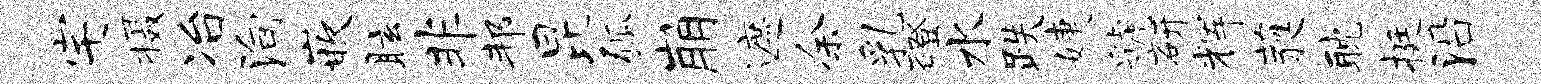
宅摄冶殉嵌眩非邦昆弧崩遮余乳磴水跌婕虢研辉蕤耽挺沿